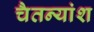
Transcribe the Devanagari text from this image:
चैतन्यांश